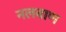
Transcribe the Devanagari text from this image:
नलबाण